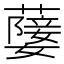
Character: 𦽚